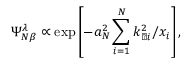
\Psi _ { N \beta } ^ { \lambda } \propto \exp { \left[ - a _ { N } ^ { 2 } \sum _ { i = 1 } ^ { N } k _ { \perp i } ^ { 2 } / x _ { i } \right] } \, ,